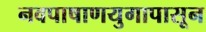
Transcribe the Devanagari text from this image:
नवपाषाणयुगापासून